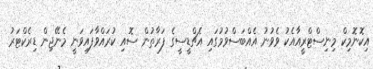
އިކޮނޮމިކް މިނިސްޓްރީއާއެކު ވެވުނު އެއްބަސްވުމުގައި އެޗްޑީސީގެ ފަރާތުން ސޮއި ކުރައްވާފައިވަނީ މެނޭޖިން ޑިރެކްޓަރު